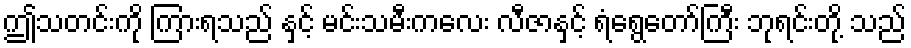
ဤသတင်းကို ကြားရသည် နှင့် မင်းသမီးကလေး လီဇာနှင့် ရံရွေတော်ကြီး ဘုရင်းတို့ သည်